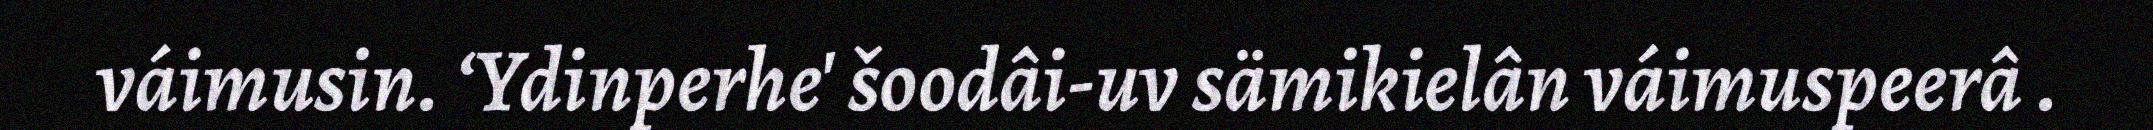
váimusin. ‘Ydinperhe' šoodâi-uv sämikielân váimuspeerâ .